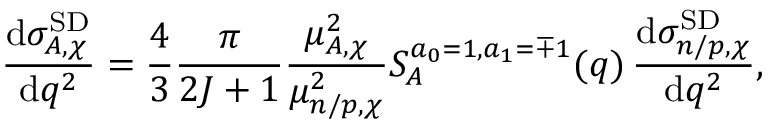
\frac { \mathrm { d } \sigma _ { A , \chi } ^ { \mathrm { S D } } } { \mathrm { d } q ^ { 2 } } = \frac { 4 } { 3 } \frac { \pi } { 2 J + 1 } \frac { \mu _ { A , \chi } ^ { 2 } } { \mu _ { n / p , \chi } ^ { 2 } } S _ { A } ^ { a _ { 0 } = 1 , a _ { 1 } = \mp 1 } ( q ) \, \frac { \mathrm { d } \sigma _ { n / p , \chi } ^ { \mathrm { S D } } } { \mathrm { d } q ^ { 2 } } ,